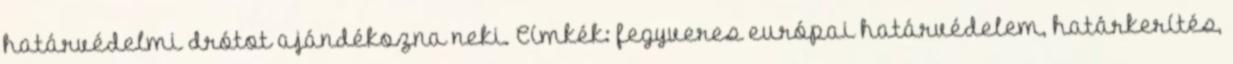
határvédelmi drótot ajándékozna neki. Címkék: fegyveres európai határvédelem, határkerítés,